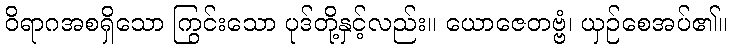
ဝိရာဂအစရှိသော ကြွင်းသော ပုဒ်တို့နှင့်လည်း။ ယောဇေတဗ္ဗံ၊ ယှဉ်စေအပ်၏။